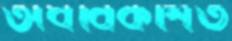
অর্ধবিকশিত